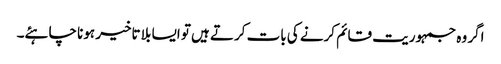
اگر وہ جمہوریت قائم کرنے کی بات کرتے ہیں تو ایسا بلا تاخیر ہونا چاہئے۔